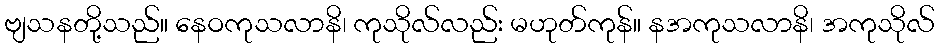
ဗျသနတို့သည်။ နေဝကုသလာနိ၊ ကုသိုလ်လည်း မဟုတ်ကုန်။ နအကုသလာနိ၊ အကုသိုလ်